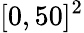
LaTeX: [0,50]^{2}